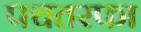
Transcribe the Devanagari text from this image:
पचतरफा